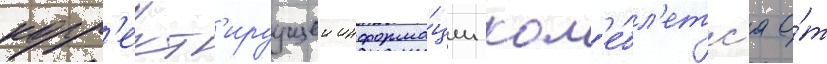
корр'ект'ируущеи информа́ции кол'е́бл'етс'я о́т